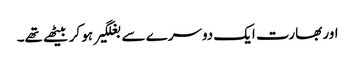
اور بھارت ایک دوسرے سے بغلگیر ہو کر بیٹھے تھے۔